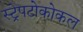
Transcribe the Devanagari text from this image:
स्ट्रेपटोकोकल